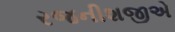
રજનીશજીએ